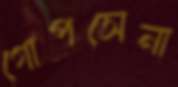
গোপসেনা